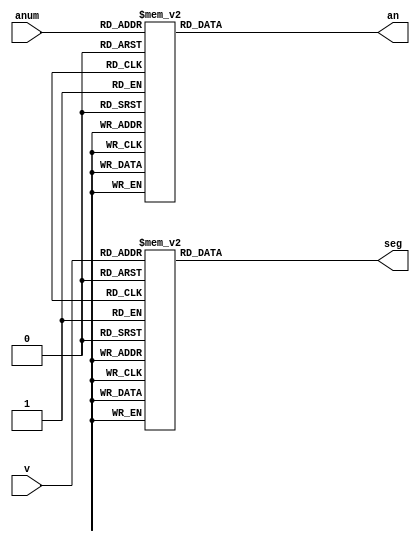
`timescale 1ns / 1ps



module BCD_Decoder(
    input [3:0] v,
    input [2:0] anum,
    output reg [6:0]seg,
    output reg [7:0]an
    );
    always @(v or anum) begin
	 case(anum)
		0: an = 8'b11111110;
		1: an = 8'b11111101;
		2: an = 8'b11111011;
		3: an = 8'b11110111;
		4: an = 8'b11101111;
		5: an = 8'b11011111;
		6: an = 8'b10111111;
		7: an = 8'b01111111;
		default: an = 8'b11111111;
	 endcase
	 case (v) 
		0 : seg = 7'b1000000;
		1 : seg = 7'b1111001;
		2 : seg = 7'b0100100;
		3 : seg = 7'b0110000;
		4 : seg = 7'b0011001;
		5 : seg = 7'b0010010;
		6 : seg = 7'b0000010;
		7 : seg = 7'b1111000;
		8 : seg = 7'b0000000;
		9 : seg = 7'b0010000;
		default : seg = 7'b0000000; 
	 endcase
	end
endmodule